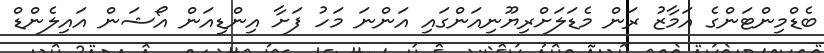
ބެޑްމިންޓަންގެ އަމާޒު ރަން މެޑަލަަށްރިޔޫނިއަންގައި އަންނަ މަހު ފަށާ އިންޑިއަން އޯޝަން އައިލެންޑް